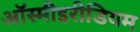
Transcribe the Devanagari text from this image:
ऑस्मीइरीडियम